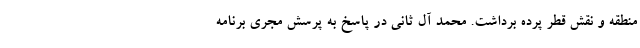
منطقه و نقش قطر پرده برداشت. محمد آل ثانی در پاسخ به پرسش مجری برنامه